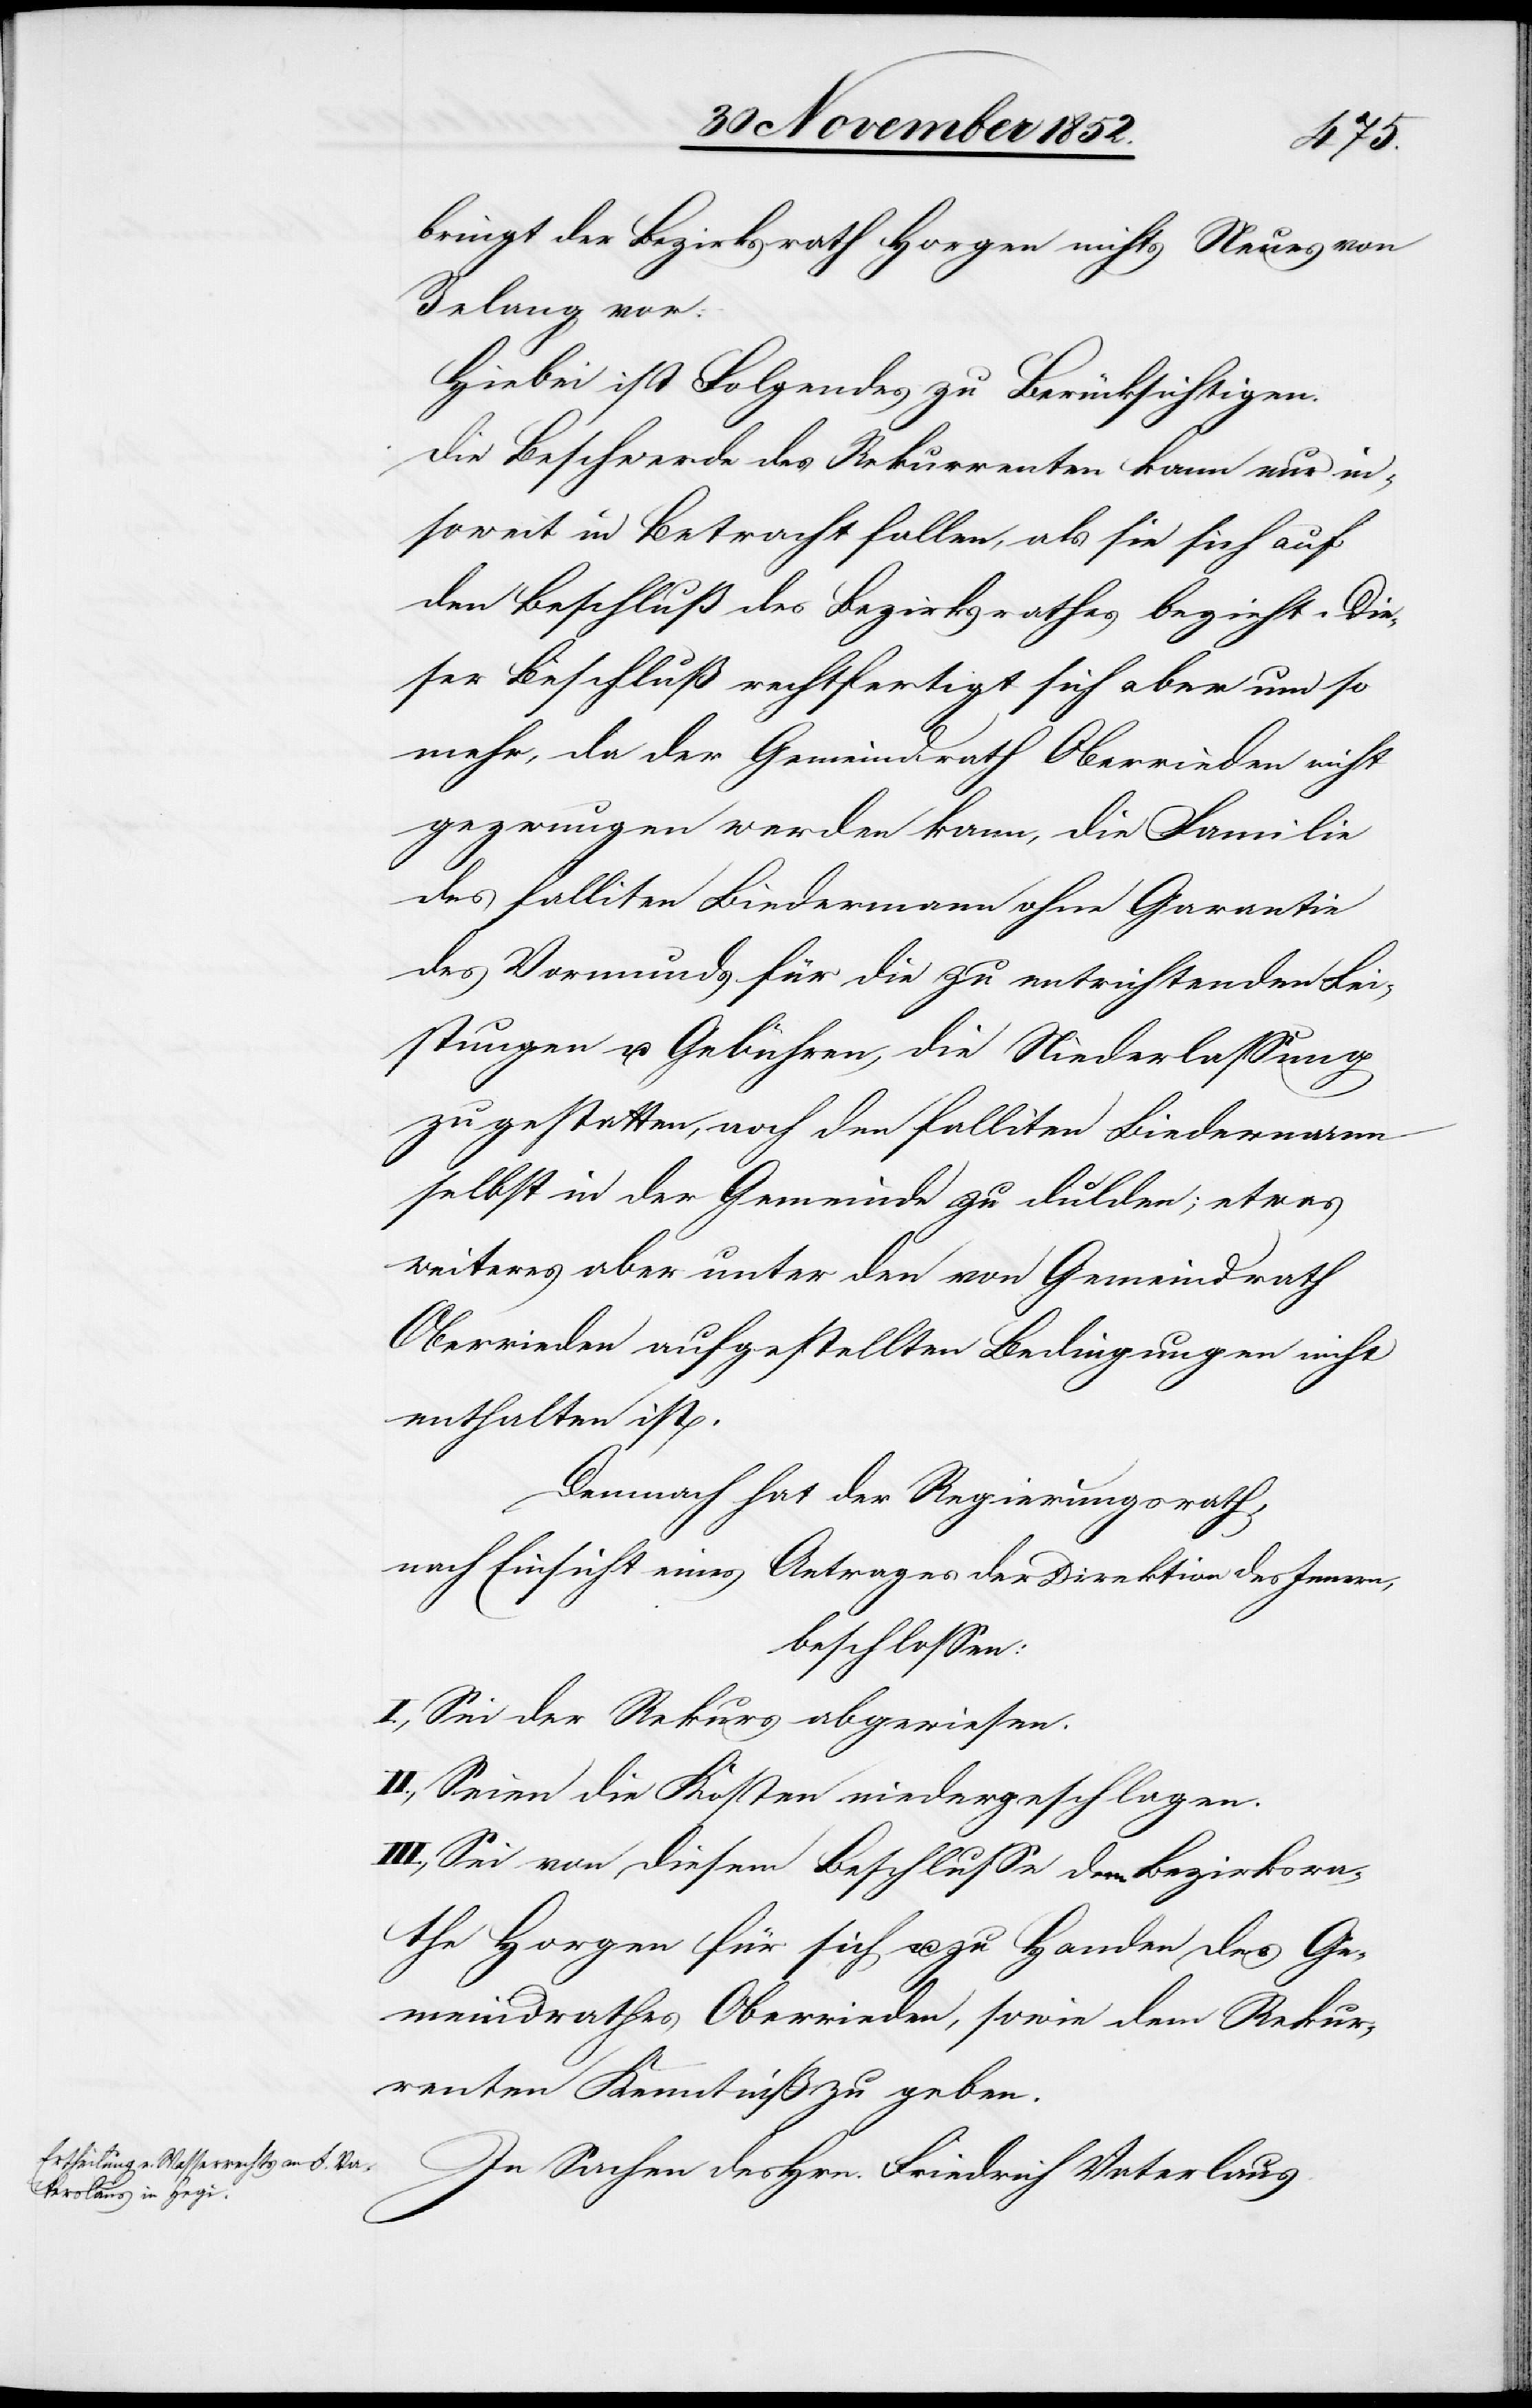
bringt der Bezirksrath Horgen nichts Neues von
Belang vor.
Hiebei ist Folgendes zu Berücksichtigen.
Die Beschwerde des Rekurrenten kann nur in¬
soweit in Betracht fallen, als sie sich auf
den Beschluß des Bezirksrathes bezieht. Die¬
ser Beschluß rechtfertigt sich aber um so
mehr, da der Gemeindrath Oberrieden nicht
gezwungen werden kann, die [recte:
des falliten Biedermann ohne Garantie
des Vormunds für die zu entrichtenden Lei¬
stungen u. Gebühren, die Niederlassung
zu gestatten, noch den falliten Biedermann
selbst in der Gemeinde zu dulden; etwas
weiteres aber unter den von Gemeindrath
Oberrieden aufgestellten Bedingungen nicht
enthalten ist.
Demnach hat der Regierungsrath,
nach Einsicht eines Antrages der Direktion des Innern,
beschlossen:
I., Sei der Rekurs abgewiesen.
II., Seien die Kosten niedergeschlagen.
III., Sei von diesem Beschlusse dem Bezirksra¬
the Horgen für sich u. zu Handen des Ge¬
meindrathes Oberrieden, sowie dem Rekur¬
renten Kenntniß zu geben.
In Sachen des Hrn. Friedrich Vaterlaus